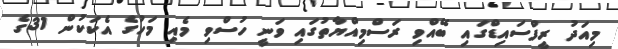
މިއަދު ރީފްސައިޑްގައި ބޭއްވި ރަސްމިއްޔާތުގައި ވަނީ ހުސްވި މެއި މަހުގެ އެކަކުން 31ގެ